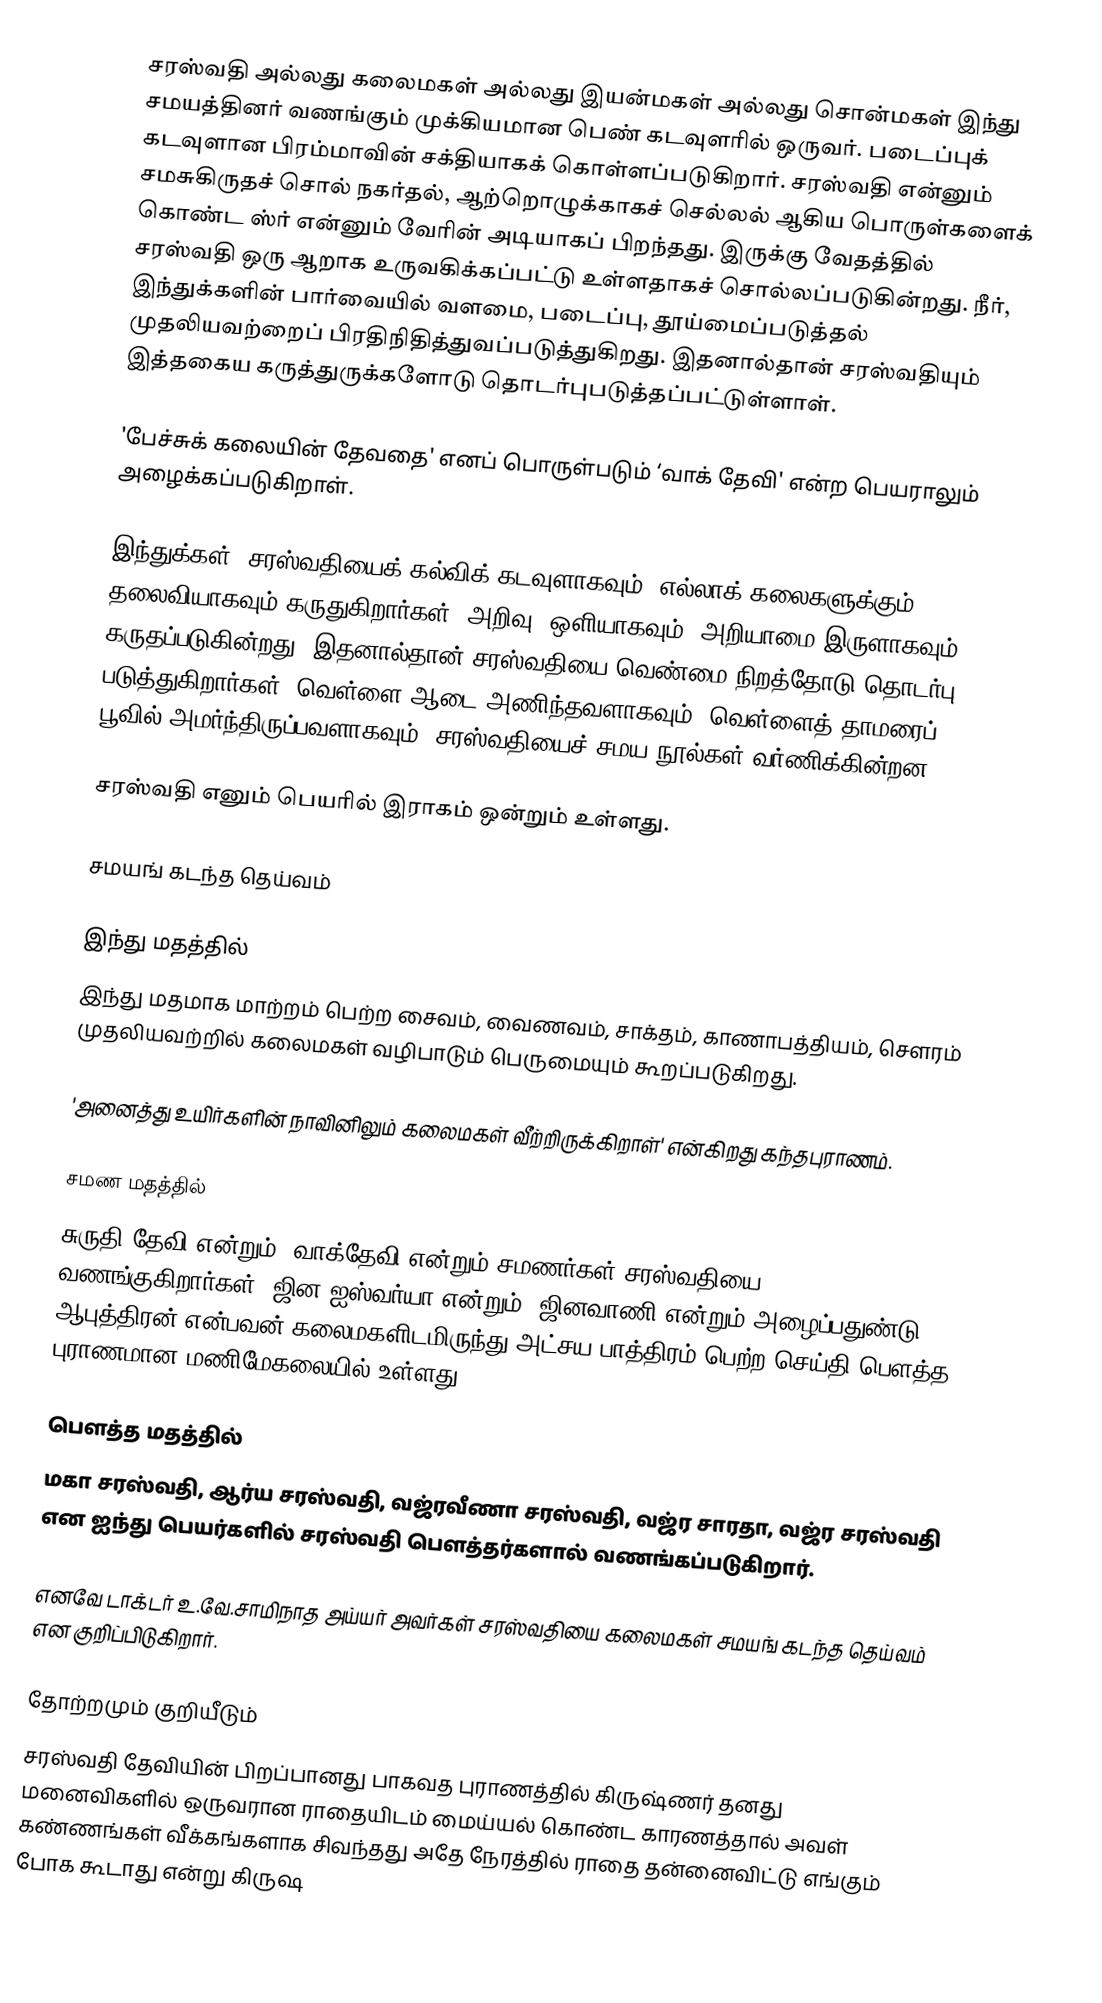
சரஸ்வதி அல்லது கலைமகள் அல்லது இயன்மகள் அல்லது சொன்மகள் இந்து சமயத்தினர் வணங்கும் முக்கியமான பெண் கடவுளரில் ஒருவர். படைப்புக் கடவுளான பிரம்மாவின் சக்தியாகக் கொள்ளப்படுகிறார். சரஸ்வதி என்னும் சமசுகிருதச் சொல் நகர்தல், ஆற்றொழுக்காகச் செல்லல் ஆகிய பொருள்களைக் கொண்ட ஸ்ர் என்னும் வேரின் அடியாகப் பிறந்தது. இருக்கு வேதத்தில் சரஸ்வதி ஒரு ஆறாக உருவகிக்கப்பட்டு உள்ளதாகச் சொல்லப்படுகின்றது. நீர், இந்துக்களின் பார்வையில் வளமை, படைப்பு, தூய்மைப்படுத்தல் முதலியவற்றைப் பிரதிநிதித்துவப்படுத்துகிறது. இதனால்தான் சரஸ்வதியும் இத்தகைய கருத்துருக்களோடு தொடர்புபடுத்தப்பட்டுள்ளாள்.

'பேச்சுக் கலையின் தேவதை' எனப் பொருள்படும் ‘வாக் தேவி' என்ற பெயராலும் அழைக்கப்படுகிறாள்.

இந்துக்கள், சரஸ்வதியைக் கல்விக் கடவுளாகவும், எல்லாக் கலைகளுக்கும் தலைவியாகவும் கருதுகிறார்கள். அறிவு, ஒளியாகவும், அறியாமை இருளாகவும் கருதப்படுகின்றது. இதனால்தான் சரஸ்வதியை வெண்மை நிறத்தோடு தொடர்பு படுத்துகிறார்கள். வெள்ளை ஆடை அணிந்தவளாகவும், வெள்ளைத் தாமரைப் பூவில் அமர்ந்திருப்பவளாகவும், சரஸ்வதியைச் சமய நூல்கள் வர்ணிக்கின்றன.

சரஸ்வதி எனும் பெயரில் இராகம் ஒன்றும் உள்ளது.

சமயங் கடந்த தெய்வம்

இந்து மதத்தில்
இந்து மதமாக மாற்றம் பெற்ற சைவம், வைணவம், சாக்தம், காணாபத்தியம், சௌரம் முதலியவற்றில் கலைமகள் வழிபாடும் பெருமையும் கூறப்படுகிறது.

'அனைத்து உயிர்களின் நாவினிலும் கலைமகள் வீற்றிருக்கிறாள்' என்கிறது கந்தபுராணம்.

சமண மதத்தில்
சுருதி தேவி என்றும், வாக்தேவி என்றும் சமணர்கள் சரஸ்வதியை வணங்குகிறார்கள். ஜின ஐஸ்வர்யா என்றும், ஜினவாணி என்றும் அழைப்பதுண்டு. ஆபுத்திரன் என்பவன் கலைமகளிடமிருந்து அட்சய பாத்திரம் பெற்ற செய்தி பௌத்த புராணமான மணிமேகலையில் உள்ளது.

பௌத்த மதத்தில்
மகா சரஸ்வதி, ஆர்ய சரஸ்வதி, வஜ்ரவீணா சரஸ்வதி, வஜ்ர சாரதா, வஜ்ர சரஸ்வதி என ஐந்து பெயர்களில் சரஸ்வதி பௌத்தர்களால் வணங்கப்படுகிறார்.

எனவே டாக்டர் உ.வே.சாமிநாத அய்யர் அவர்கள் சரஸ்வதியை  கலைமகள் சமயங் கடந்த தெய்வம் என குறிப்பிடுகிறார்.

தோற்றமும் குறியீடும்
 சரஸ்வதி தேவியின் பிறப்பானது பாகவத புராணத்தில் கிருஷ்ணர் தனது மனைவிகளில் ஒருவரான ராதையிடம் மைய்யல் கொண்ட காரணத்தால் அவள் கண்ணங்கள் வீக்கங்களாக சிவந்தது அதே நேரத்தில் ராதை தன்னைவிட்டு எங்கும் போக கூடாது என்று கிருஷ